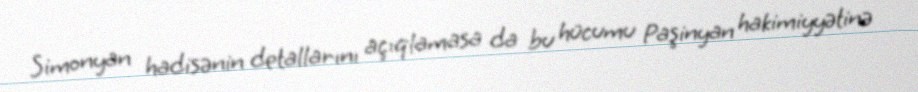
Simonyan hadisənin detallarını açıqlamasa da bu hücumu Paşinyan hakimiyyətinə